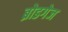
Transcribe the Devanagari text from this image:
ब्रोडगेज